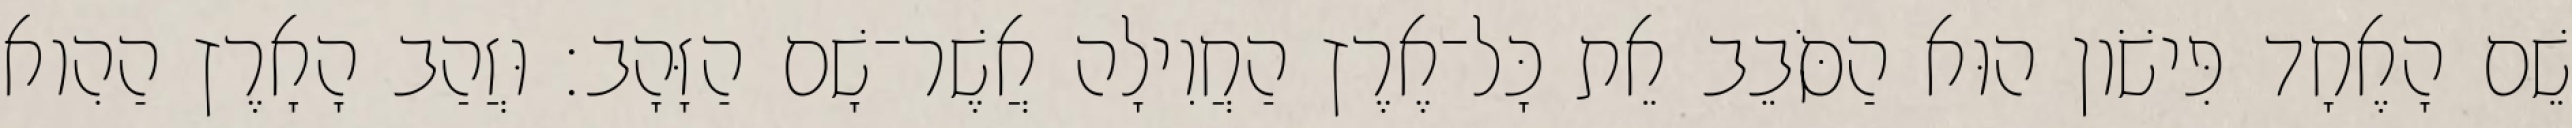
שֵׁם הָאֶחָד פִּישֹׁון הוּא הַסֹּבֵב אֵת כָּל־אֶרֶץ הַחֲוִילָה אֲשֶׁר־שָׁם הַזָּהָב׃ וּזֲהַב הָאָרֶץ הַהִוא